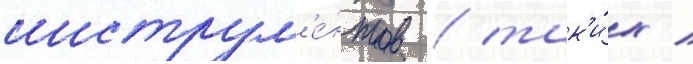
инструм'е́нтов / так'и́х /